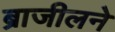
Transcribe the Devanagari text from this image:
ब्राजीलने